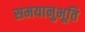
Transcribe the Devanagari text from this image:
समयानुभूति